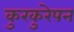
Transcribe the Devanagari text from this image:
कुरकुरेपन